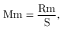
\ensuremath \mathrm { { M m } } = { \frac { \ensuremath \mathrm { { R m } } } { \ensuremath \mathrm { { S } } } } ,